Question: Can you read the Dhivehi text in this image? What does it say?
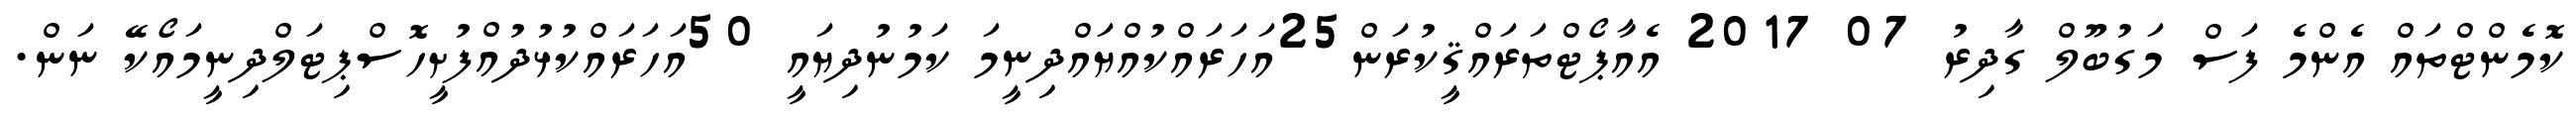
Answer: ކޮމެންޓްތައް އެންމެ ފަސް މަގުބޫލް ގާދިރު 07 2017 އެއާޕޯޓްތަރައްޤީކުރަން25އަހަރައްކުއްޔައްދިނީމަ ކަމުނުދިޔައީ 50އަހަރައްކުޅުދުއްފުށީހޮސްޕިޓަލްދިނީމައޯކޭ ނަން.